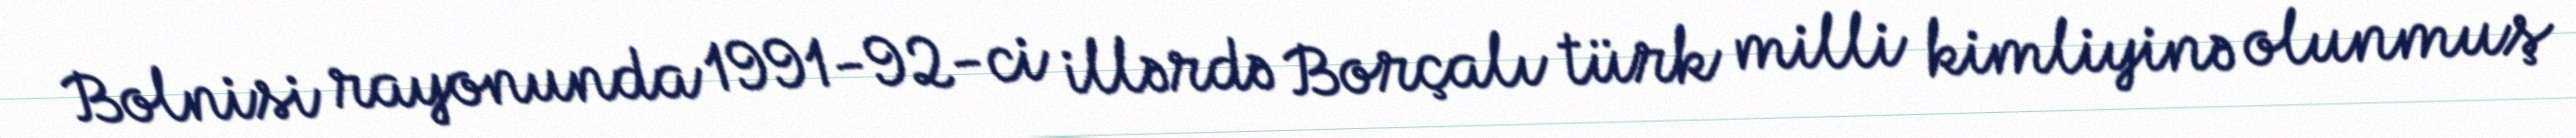
Bolnisi rayonunda 1991-92-ci illərdə Borçalı türk milli kimliyinə olunmuş